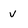
Character: V